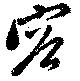
容